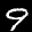
Label: 9